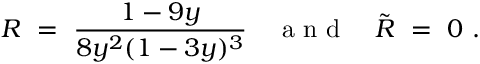
R \ = \ \frac { 1 - 9 y } { 8 y ^ { 2 } ( 1 - 3 y ) ^ { 3 } } { ~ ~ ~ \mathrm { ~ a ~ n ~ d ~ } ~ ~ ~ } \tilde { R } \ = \ 0 ~ .